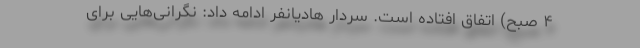
۴ صبح) اتفاق افتاده است. سردار هادیانفر ادامه داد: نگرانی‌هایی برای